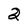
Character: 2